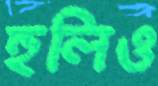
হুলিও